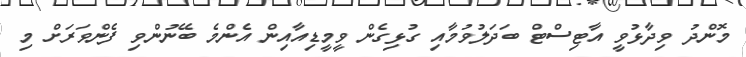
މޮންދު ވިދާޅުވީ އާޓިސްޓް ބަދަލުވުމާއި ގުޅިގެން ވީމީޑިއާއިން އެންމެ ބޭނުންވި ފެންވަރަށް މި